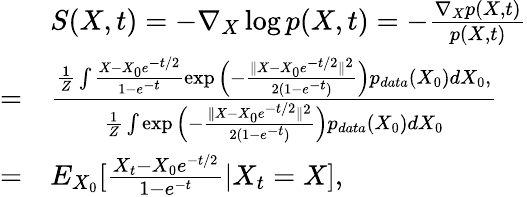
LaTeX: \begin{array}{rl}&{S(X,t)=-\nabla_{X}\log p(X,t)=-\frac{\nabla_{X}p(X,t)}{p(X,t)}}\\ {=}&{\frac{\frac{1}{Z}\int\frac{X-X_{0}e^{-t/2}}{1-e^{-t}}\exp\Big(-\frac{\| X-X_{0}e^{-t/2}\| ^{2}}{2(1-e^{-t})}\Big)p_{data}(X_{0})dX_{0},}{\frac{1}{Z}\int\exp\Big(-\frac{\| X-X_{0}e^{-t/2}\| ^{2}}{2(1-e^{-t})}\Big)p_{data}(X_{0})dX_{0}}}\\ {=}&{E_{X_{0}}[\frac{X_{t}-X_{0}e^{-t/2}}{1-e^{-t}}|X_{t}=X],}\end{array}